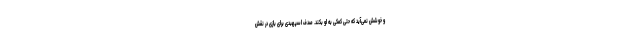
و خوشش نمی‌آید که حتی کمکی به او بکند. صدف اسپهبدی برای بازی در نقش